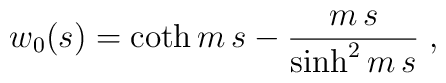
w_0(s)= \coth m\,s -\frac{m\,s}{\sinh^2 m\,s}\;,